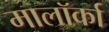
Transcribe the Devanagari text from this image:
मालॉर्का